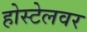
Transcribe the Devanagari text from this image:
होस्टेलवर